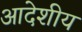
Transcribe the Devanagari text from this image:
आदेशीय